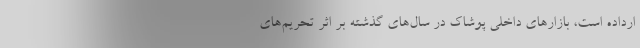
ارداده است، بازارهای داخلی پوشاک در سال‌های گذشته بر اثر تحریم‌های